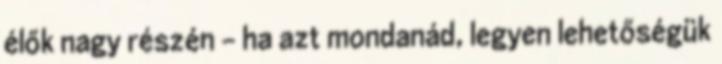
élők nagy részén - ha azt mondanád, legyen lehetőségük